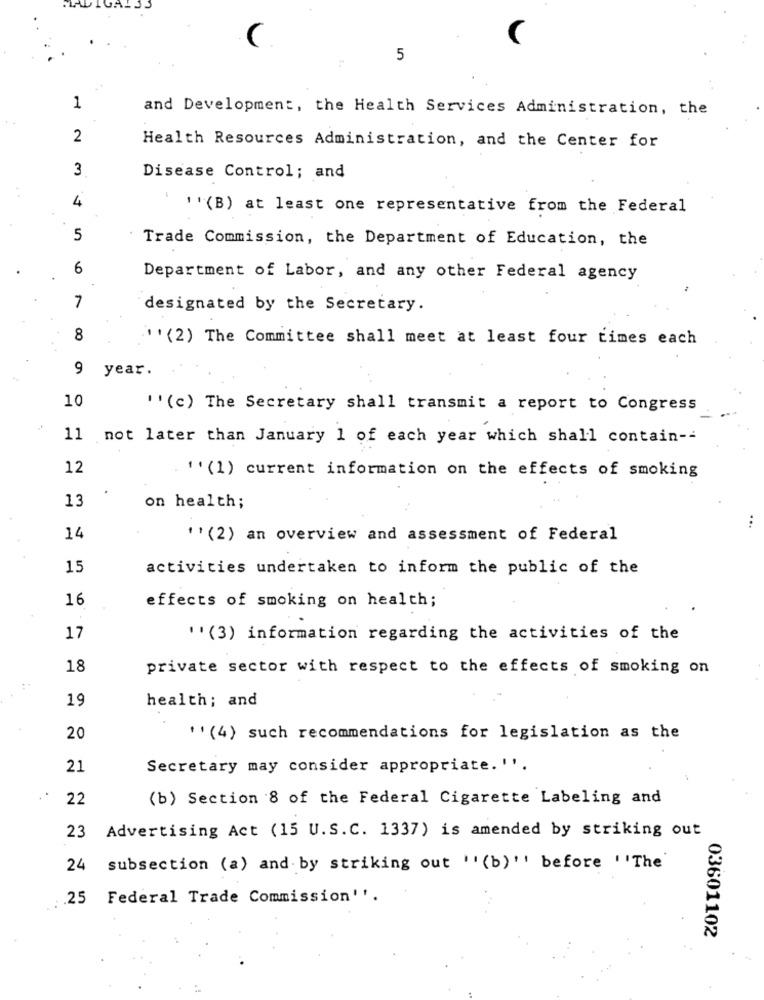
5
1
and Development, the Health Services Administration, the
2
Health Resources Administration, and the Center for
3
Disease Control; and
4
' '(B) at least one representative from the Federal
5
Trade Commission, the Department of Education, the
6
Department of Labor, and any other Federal agency
7
designated by the Secretary.
8
'' (2) The Committee shall meet at least four times each
9 year.
10
''(c) The Secretary shall transmit a report to Congress
11
not later than January 1 of each year which shall contain --
12
'' (1) current information on the effects of smoking
13
on health;
...
14
''(2) an overview and assessment of Federal
15
activities undertaken to inform the public of the
16
effects of smoking on health;
17
''(3) information regarding the activities of the
18
private sector with respect to the effects of smoking on
19
health; and
20
' ' (4) such recommendations for legislation as the
21
Secretary may consider appropriate. ''.
22
(b) Section 8 of the Federal Cigarette Labeling and
23 Advertising Act (15 U.S.C. 1337) is amended by striking out
24 subsection (a) and by striking out " (b) " before " The
25 Federal Trade Commission''.
03601102